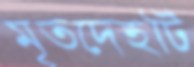
মৃতদেহটি